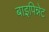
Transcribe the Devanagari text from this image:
बाइपिन्नेट